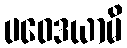
ပဝေဒယာမိ